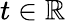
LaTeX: t\in\mathbb{R}